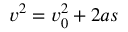
v ^ { 2 } = v _ { 0 } ^ { 2 } + 2 a s